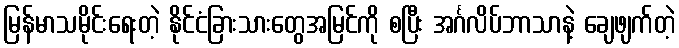
မြန်မာသမိုင်းရေးတဲ့ နိုင်ငံခြားသားတွေအမြင်ကို စပြီး အင်္ဂလိပ်ဘာသာနဲ့ ချေဖျက်တဲ့